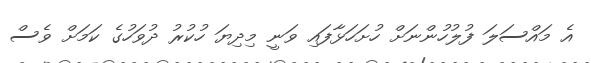
އެ މައްސަލަ ފުލުހުންނަށް ހުށަހަޅާފައި ވަނީ މިދިޔަ ހުކުރު ދުވަހުގެ ކަމަށް ވެސް